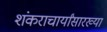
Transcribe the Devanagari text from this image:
शंकराचार्यांसारख्या